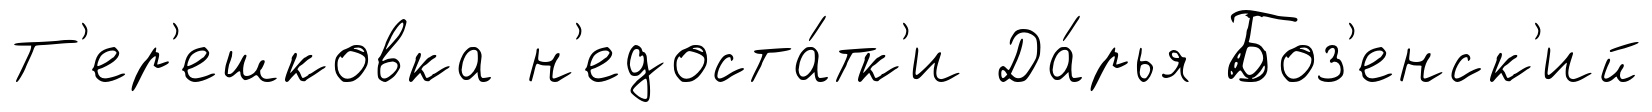
Т'ер'ешковка н'едоста́тк'и Да́рья Боз'енск'ий